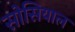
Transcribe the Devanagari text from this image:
सोसियाल